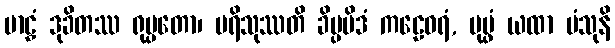
ဗာဠှံ ဒုခိတဿ ရုပ္ပတော၊ ပရိသုဿတိ ခိပ္ပမိဒံ ကဠေဝရံ, ပုပ္ဖံ ယထာ ပံသုနိ